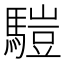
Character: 𩥉